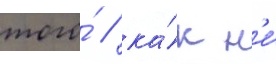
того́ / ка́к н'е́